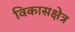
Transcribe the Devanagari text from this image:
विकासक्षेत्र